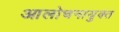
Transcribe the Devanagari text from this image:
आलोचनायुक्त